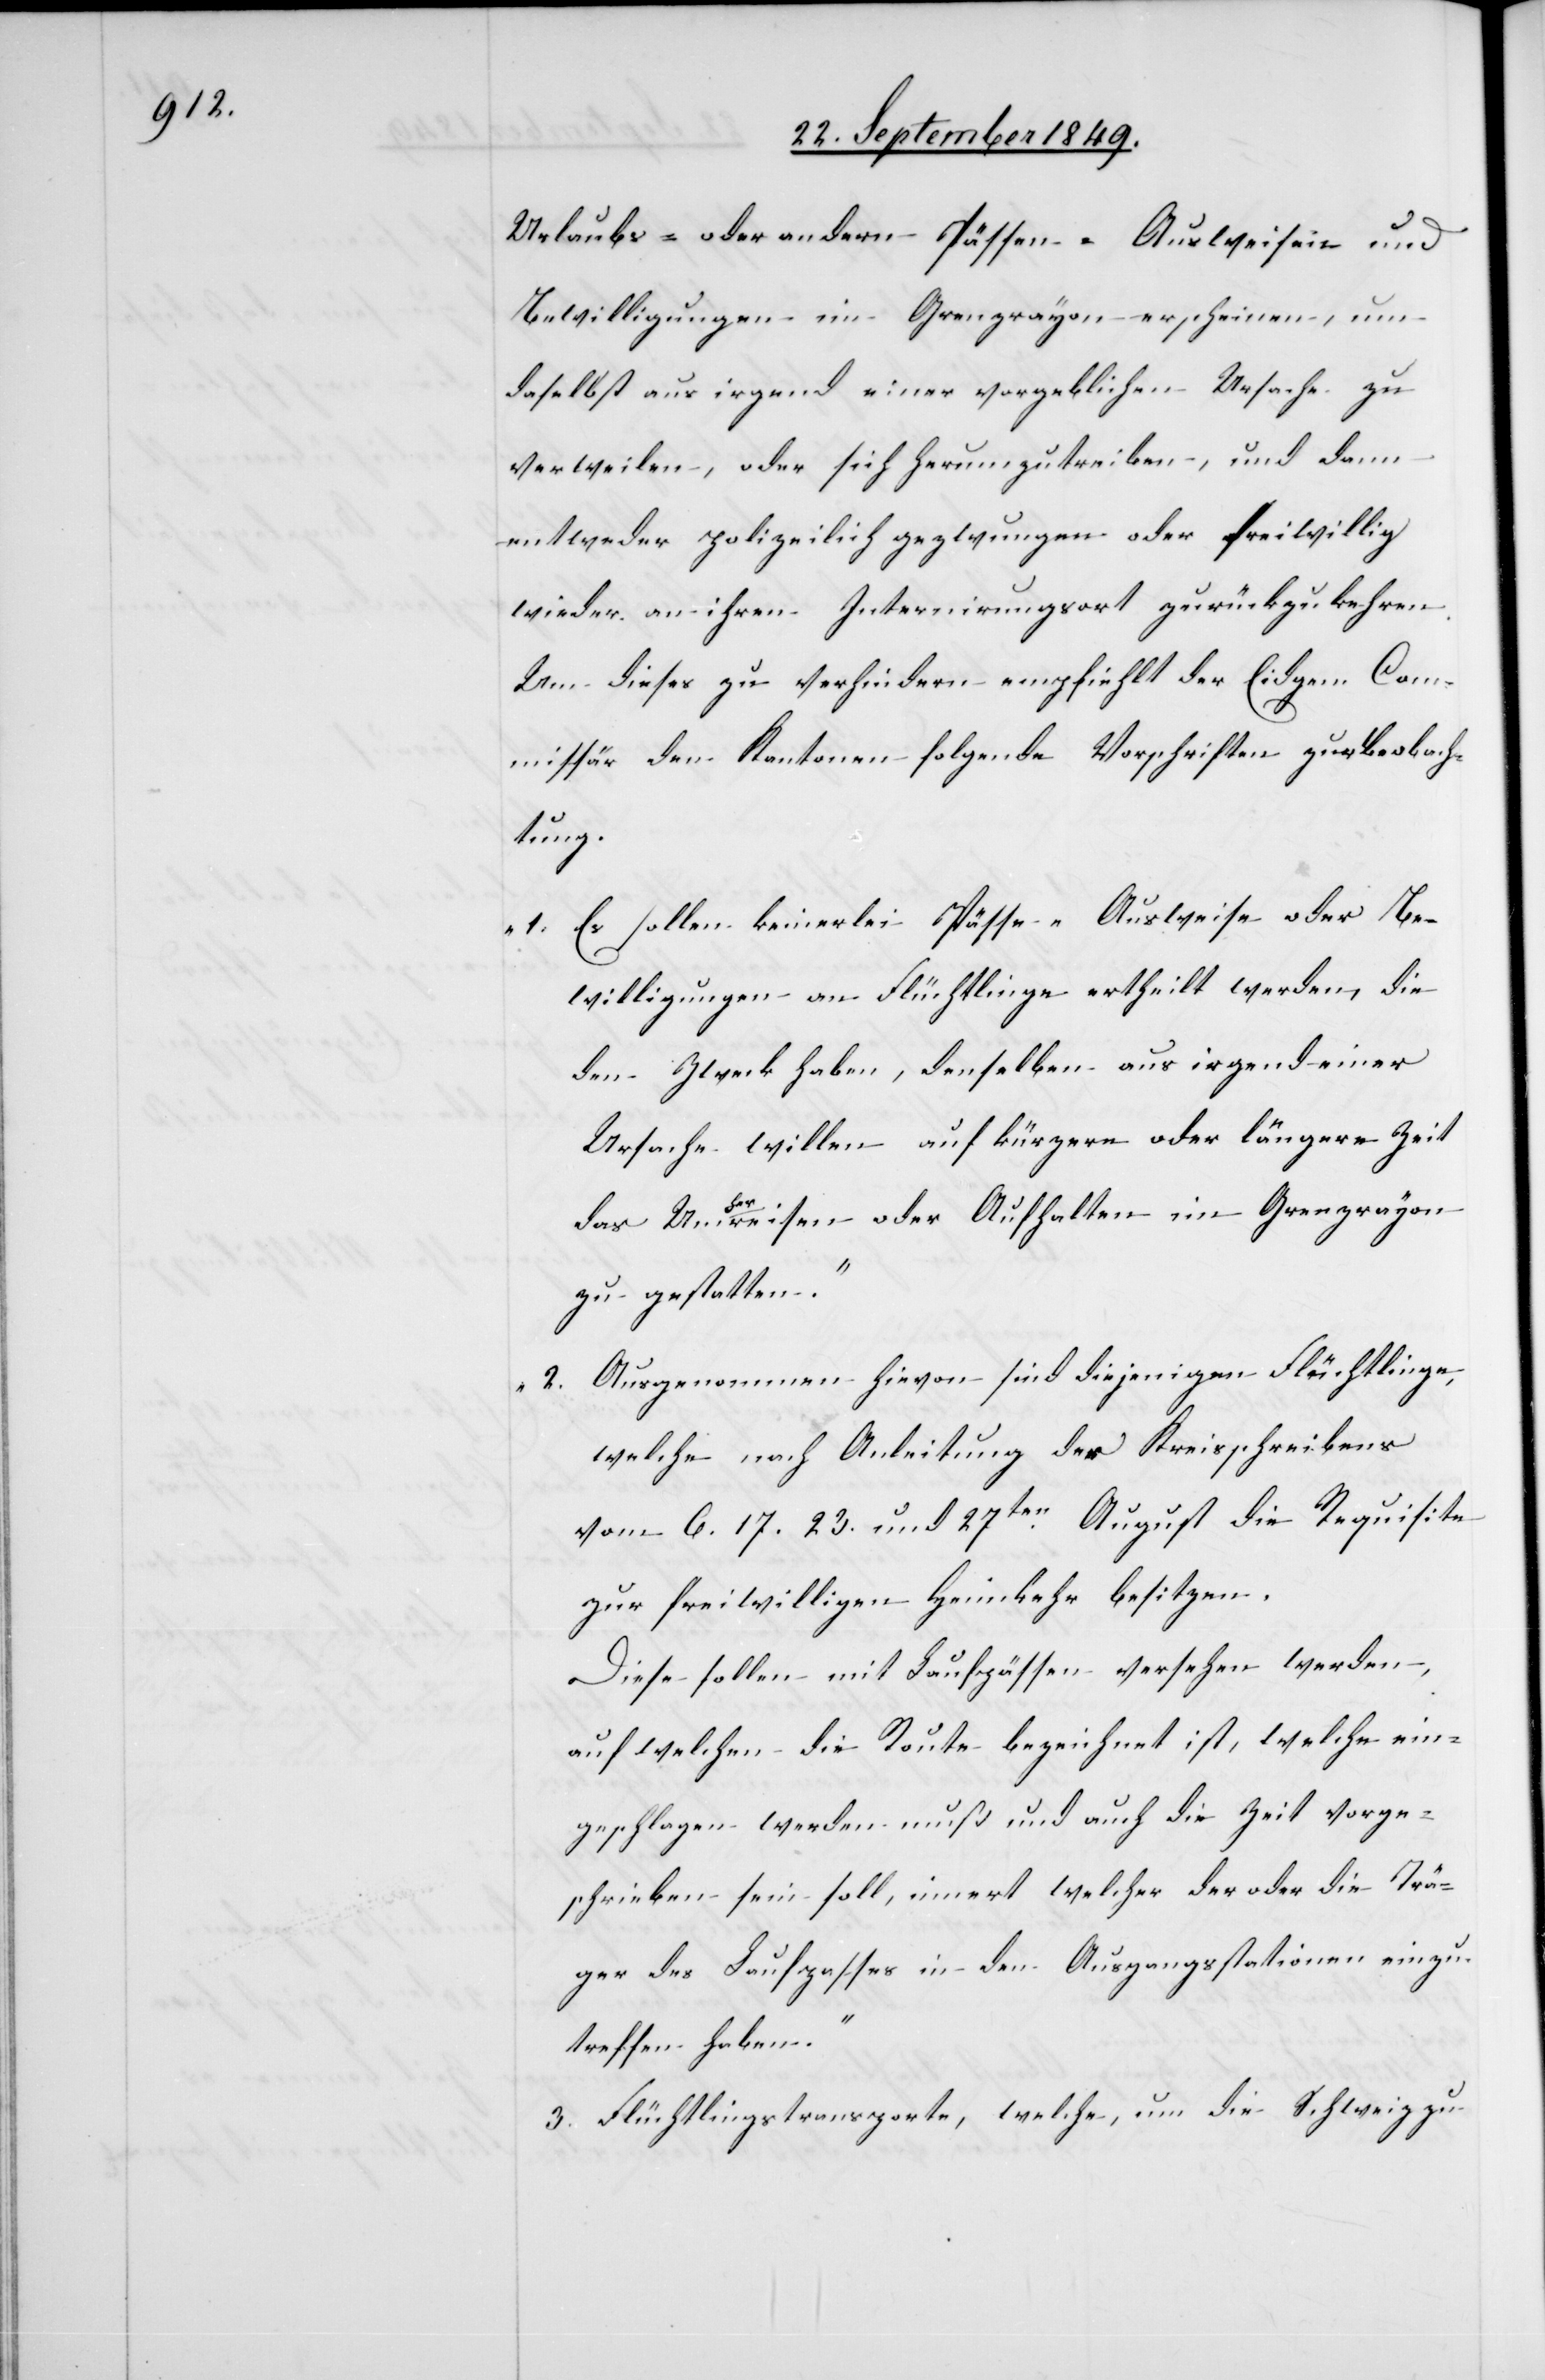
Urlaubs- oder andern Pässen-[,] Ausweisen- und
Bewilligungen im Grenzrayon erscheinen, um
daselbst aus irgend einer vorgeblichen Ursache zu
verweilen, oder sich herumzutreiben, und dann
entweder polizeilich gezwungen oder freiwillig
wieder an ihren Internirungsort zurückzukehren.
Um dieses zu verhindern empfiehlt der Eidgen. Com¬
missär den Kantonen folgende Vorschriften zur Beobach¬
tung.
„1. Es sollen keinerlei Pässe-[,] Ausweise oder Be¬
willigungen an Flüchtlinge ertheilt werden, die
den Zweck haben, denselben aus irgend einer
Ursache willen auf kürzere oder längere Zeit
das Uma-her-areisen oder Aufhalten im Grenzrayon
zu gestatten.“
„2. Ausgenommen hievon sind diejenigen Flüchtlinge,
welche nach Anleitung des Kreisschreibens
vom 6.[,]17.[,] 23. und 27ten August die Requisite
zur freiwilligen Heimkehr besitzen.
Diese sollen mit Laufpässen versehen werden,
auf welchen die Route bezeichnet ist, welche ein¬
geschlagen werden muß und auch die Zeit vorge¬
schrieben sein soll, innert welcher der oder die Trä¬
ger des Laufpasses in den Ausgangsstationen einzu¬
treffen haben.“
[„]3. Flüchtlingstransporte, welche, um die Schweiz zu